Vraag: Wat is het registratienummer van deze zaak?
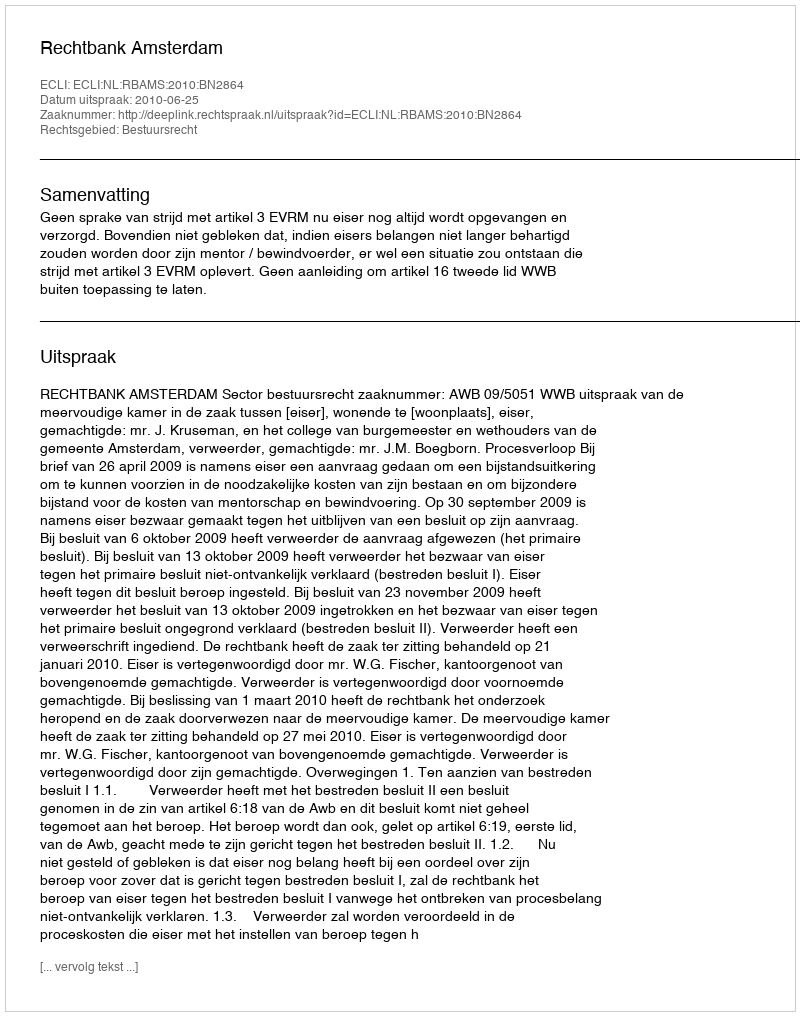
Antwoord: http://deeplink.rechtspraak.nl/uitspraak?id=ECLI:NL:RBAMS:2010:BN2864